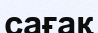
сағақ